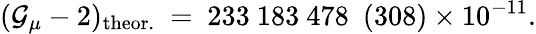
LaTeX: (\mathcal{G}_{\mu}-2)_{\mathrm{{theor.}}}~=~233~183~478~~(308)\times10^{-11}.